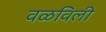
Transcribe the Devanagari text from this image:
वळविली